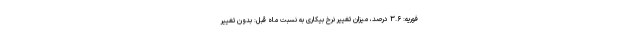
فوریه: ۳.۶ درصد، میزان تغییر نرخ بیکاری به نسبت ماه قبل: بدون تغییر